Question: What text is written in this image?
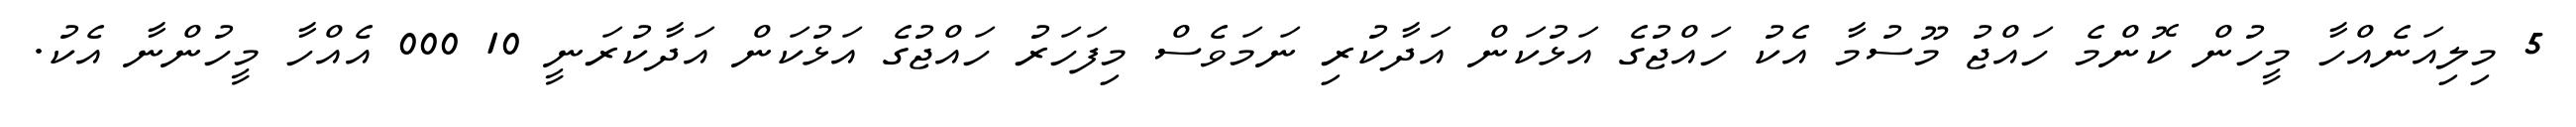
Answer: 5 މިލިއަނެއްހާ މީހުން ކޮންމެ ހައްޖު މޫސުމާ އެކު ހައްޖުގެ އަޅުކަން އަދާކުރި ނަމަވެސް މިފަހަރު ހައްޖުގެ އަޅުކަން އަދާކުރަނީ 10 000 އެއްހާ މީހުންނާ އެކު.